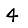
Digit: 4